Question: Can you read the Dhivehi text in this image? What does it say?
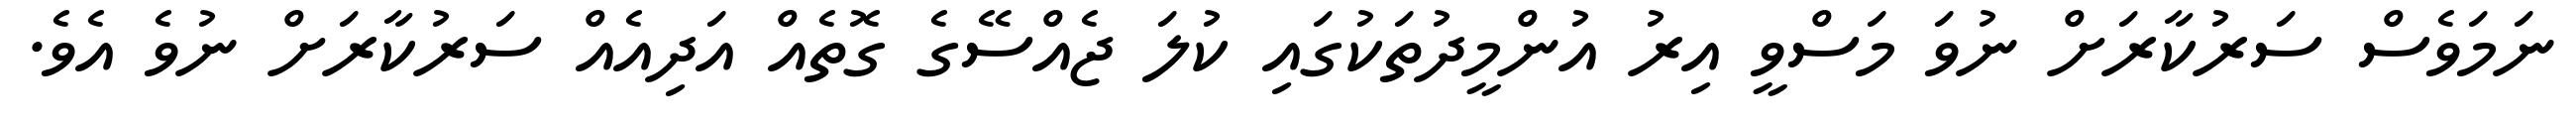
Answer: ނަމަވެސް ސަރުކާރަށް ނުވަ މަސްވީ އިރު އުންމީދުތަކުގައި ކުލަ ޖެއްސޭގެ ގޮތެއް އަދިއެއް ސަރުކާރަށް ނުވެ އެވެ.